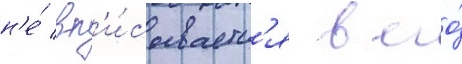
н'е́ вп'и́сываетс'я в его́